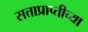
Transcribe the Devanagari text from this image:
सत्ताप्राप्तीच्या